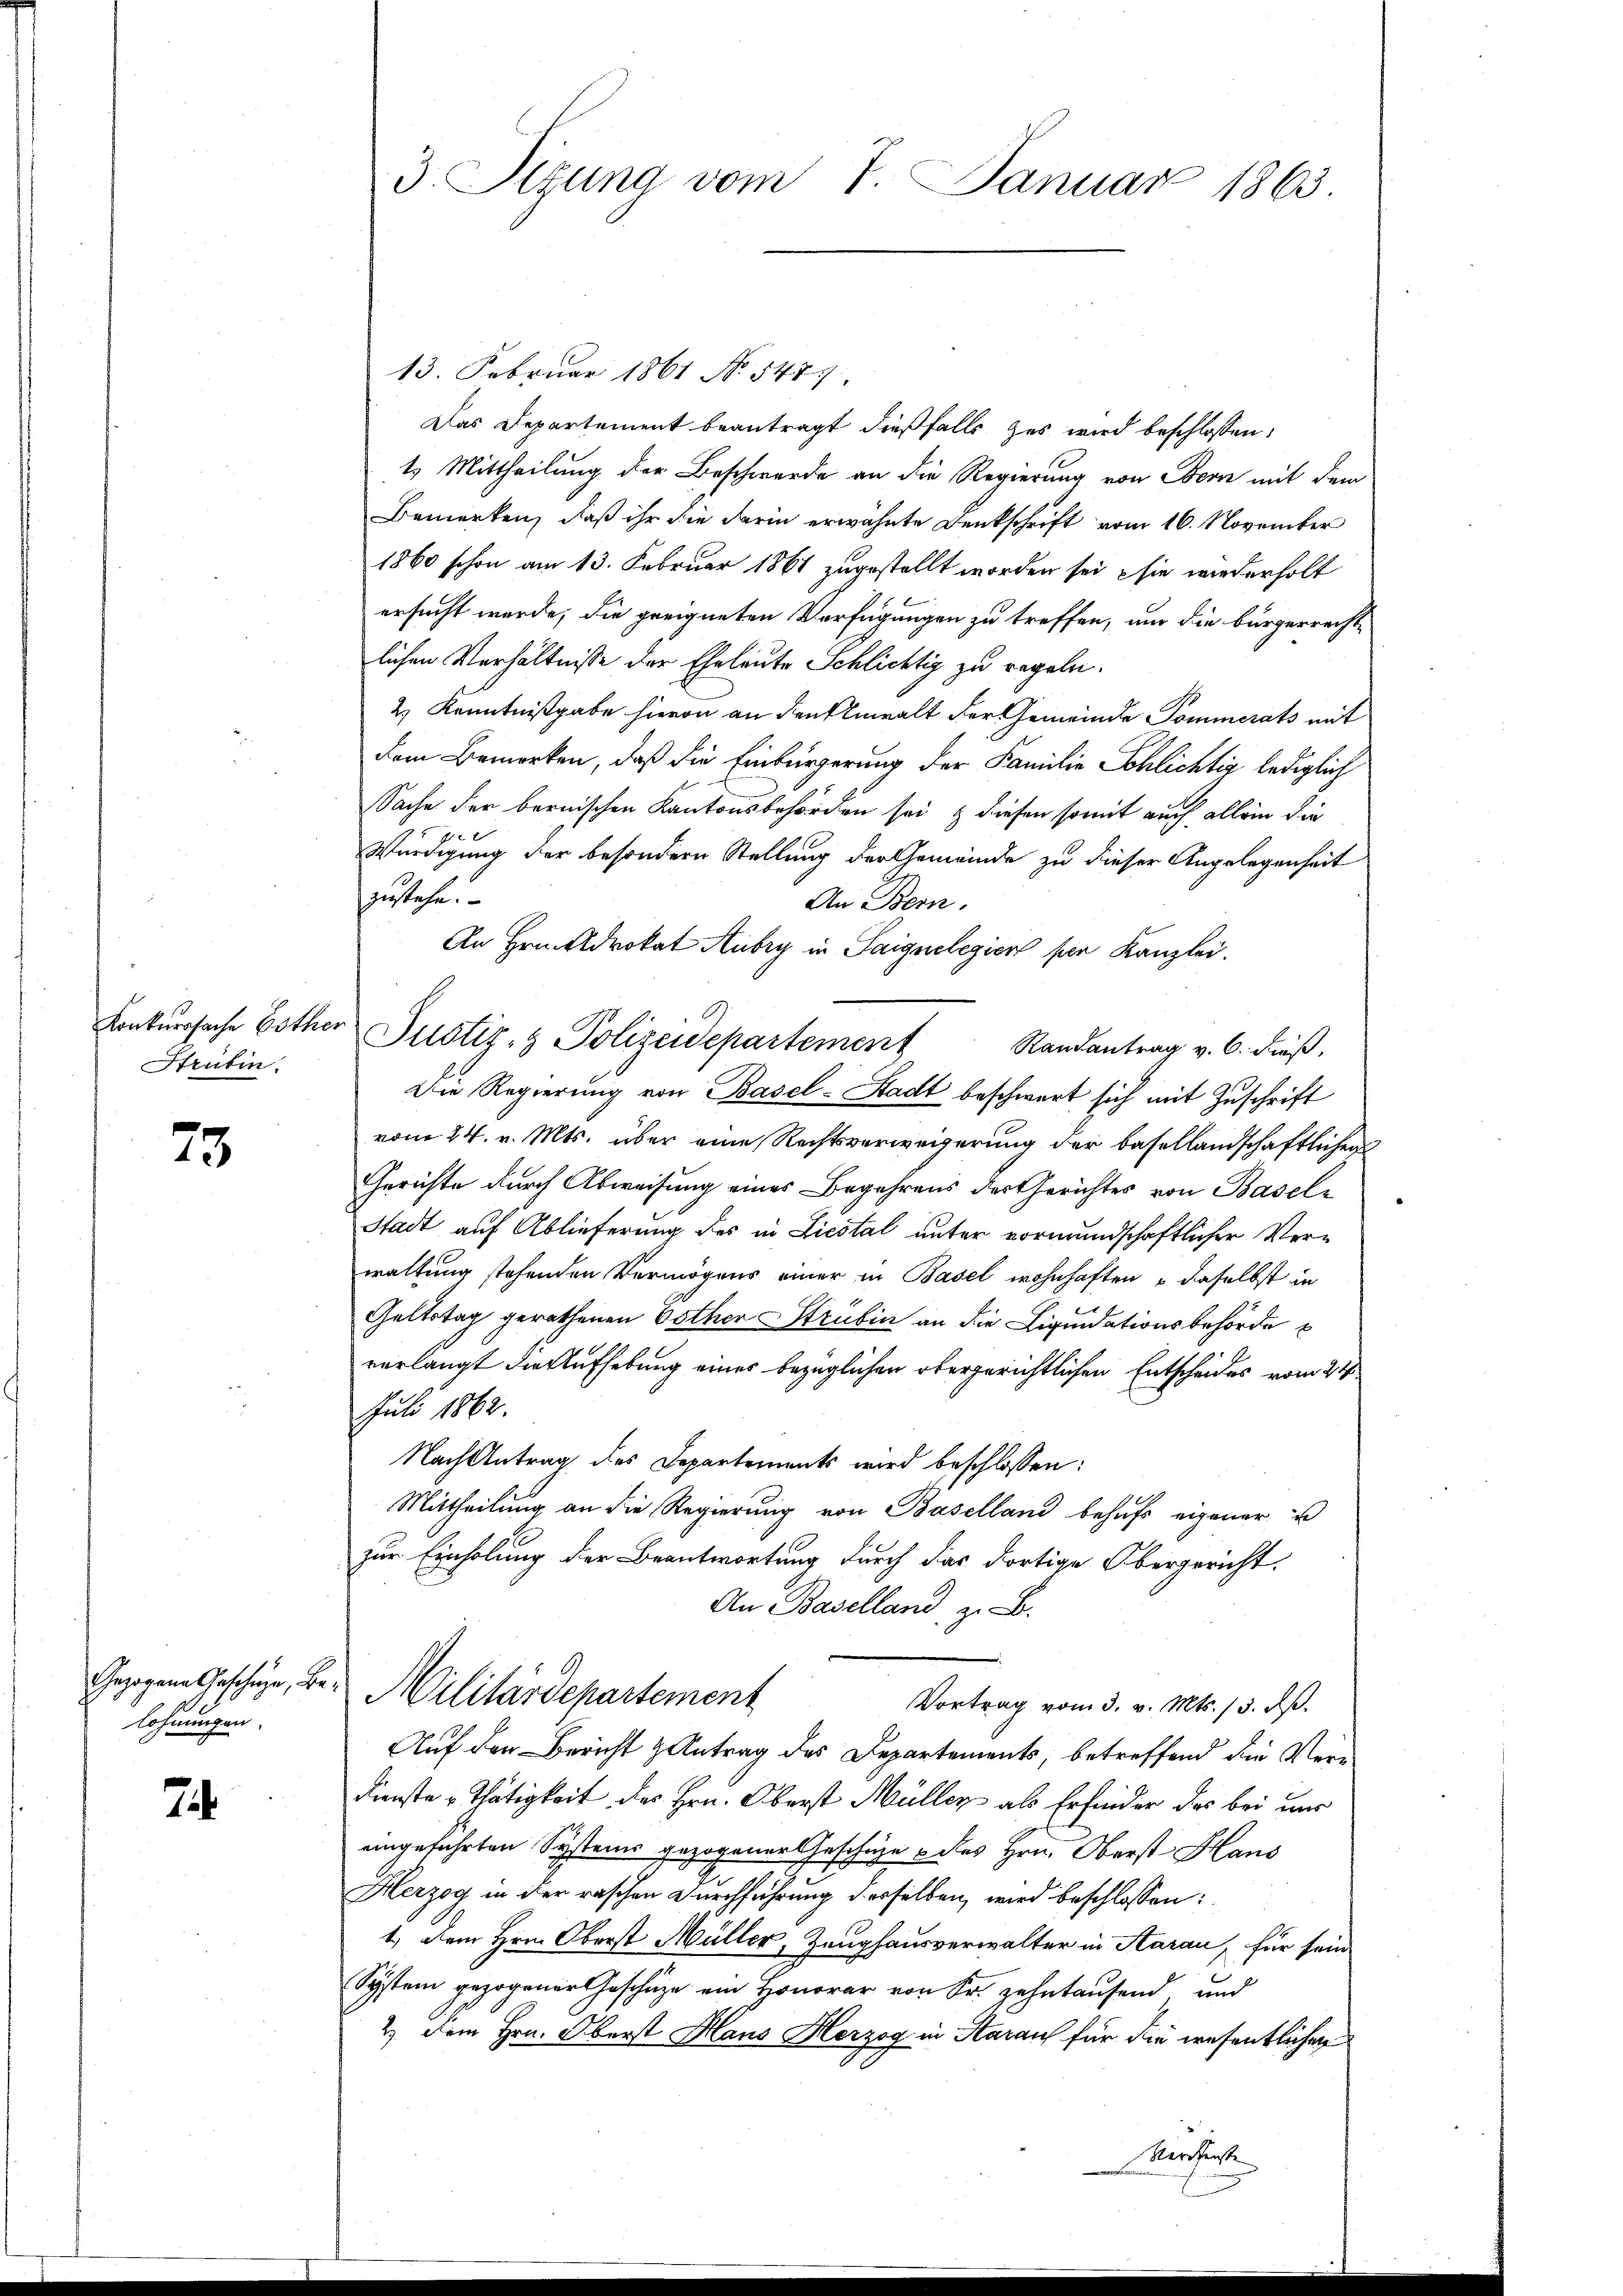
Konkurssache Esther
Htrubin.

23.

lohnungen.

74

3. Sizung vom 7. Januar 1863.

13. Februar 1861 No 547.
Das Departement beantragt dießfalls zes wird beschlossen:
1. Mittheilung der Beschwerde an die Regierung von Bern mit dem
Bemerken, daß ihr die darin erwähnte Denkschrift vom 16. November
1860 schon am 13. Februar 1861 zugestellt worden sei, sie wiederholt
ersucht wurde, die geeigneten Verfügungen zu treffen, um die bürgerrechte
lichen Verhältnisse der Eheleute Schlichtig zu regeln.
2.) Kenntnißgabe hievon an den Anwalt der Gemeinde Pommerats mit
dem Bemerken, daß die Einbürgerung der Familie Schlichtig lediglich
Sache der bernischen Kantonsbehörden sei & diesen somit auch allein die
7 x
Würdigung der besondern Stellung der Gemeinde zu dieser Angelegenheit
zustehe.
An Bern.
An Hrn. Aldrokat Aubry in Saignelegier per Kanzlei.
Die Regierung von Basel-Stadt beschwert sich mit Zuschrift
vom 24. v. Mts. über eine Rechtsverweigerung der basellandschaftlichen
Gerichte durch Abweisung eines Begehrens des Gerichtes von Basel-
Stadt auf Ablieferung des in Liestal unter vormundschaftlicher Verwaltung stehenden Vermögens einer in Basel wohnhaften daselbst in
Geltstag gerathenen Esther Strubin an die Liquidationsbehörde
verlangt die Aufhebung eines bezüglichen obergerichtlichen Entscheides vom 24
Juli 1862.
Nach Antrag des Departements wird beschlossen:
Mittheilung an die Regierung von Baselland behufs eigener u
zur Einholung der Beantwortung durch das dortige Obergericht.
An Baselland, z. B.
Gezogene Geschähe, Be. Militärdepartement
Vortrag vom 3. v. Mts. 13. d.
Auf den Bericht Antrag des Departements, betreffend die Ver¬
Dienste Thätigkeit des Hrn. Oberst Müller als Erfinder des bei uns
eingeführten Systems gezogener Geschätze des Hrn. Oberst Haus
Herzog in der raschen Durchführung derselben, wird beschlossen:
1.) Dem Hrn. Oberst Müller, Zeughausverwalter in Aarau, für sein
System gezogener Geschäze ein Honorar von Fr. zehntaufend und
2.) Dem Hrn. Oberst Hans Herzog in Aaraus für die wesentlichen
ersichte

Justiz- & Polizeidepartement Randantrag v. 6. dieβ.